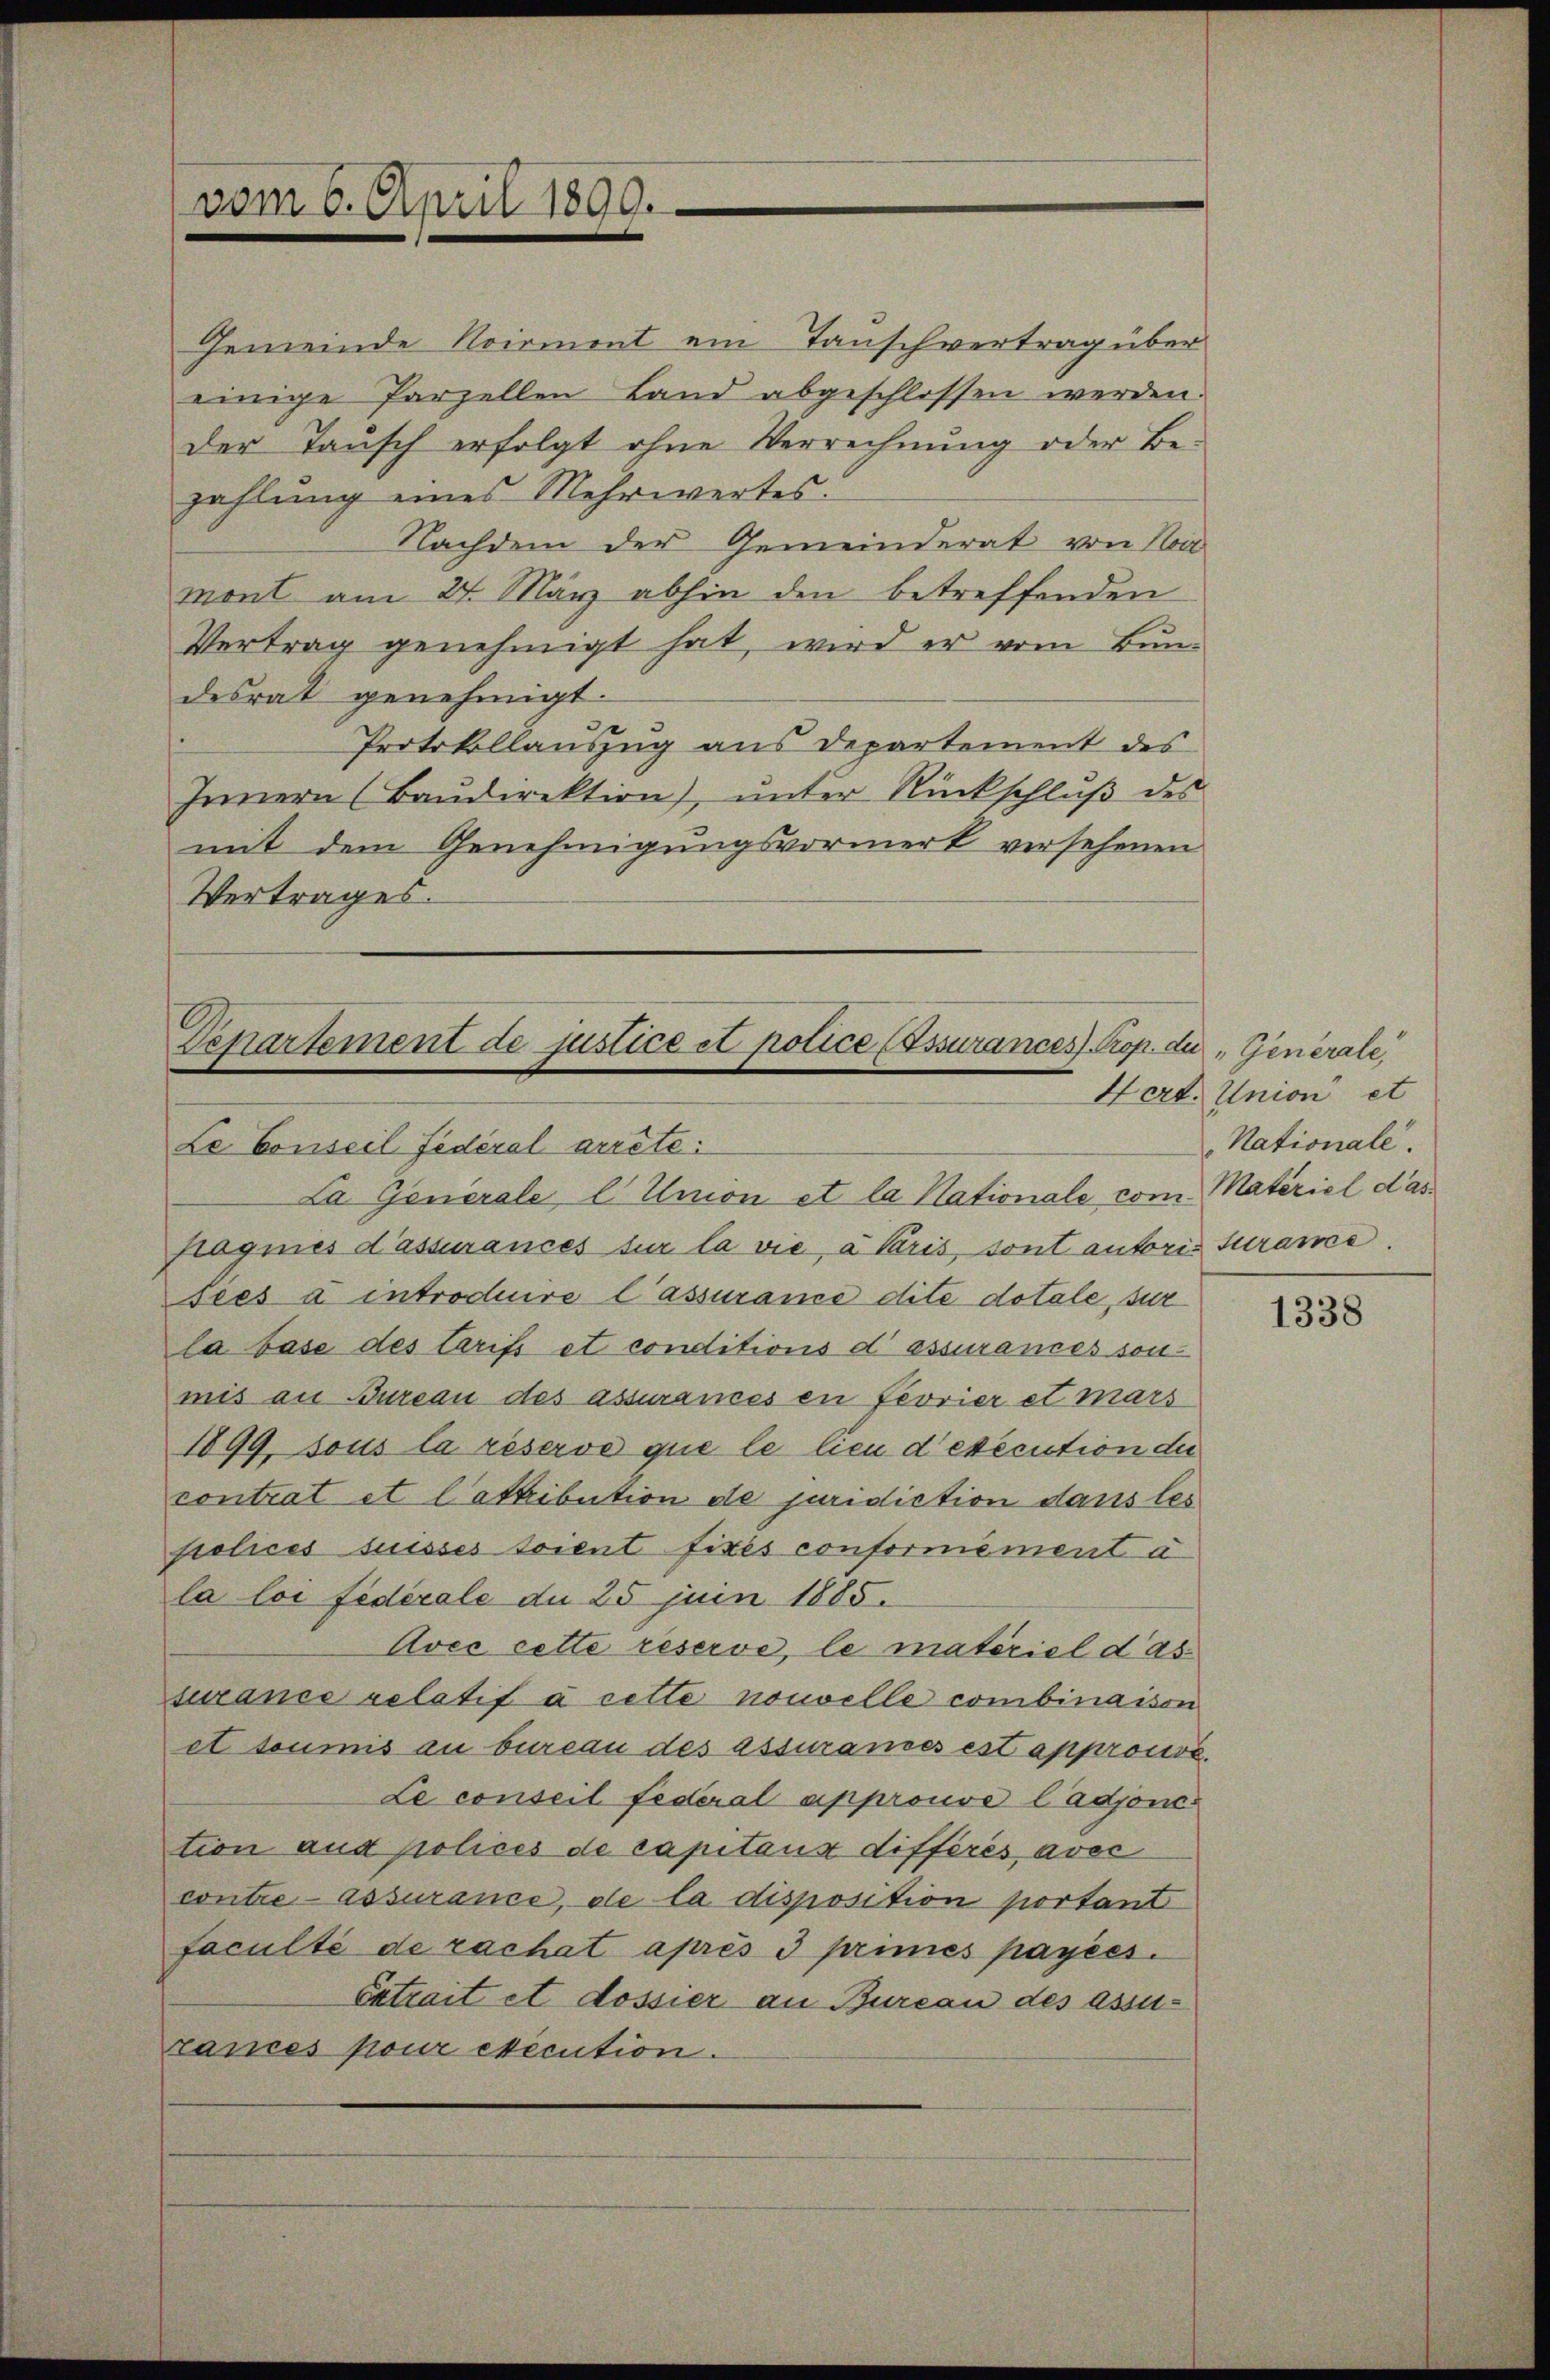
vom 6. April 1899.

Gemeinde Noirment ein Tauschvertrag über
einige Parzellen Land abgeschlossen werden.
der Taŭsch erfolgt ohne Verrechnŭng oder Be-
zahlung eines Mehrwertes.
Nachdem der Gemeinderat von Na
mont am 24. März abhin den betreffenden
Vertrag genehmigt hat, wird er vom Bun-
desrat genehmigt.
Protokollauszug aus Departement des
Innern (Baŭdirektion), unter Rückschlŭβ des
mit dem Genehmigungsvormerk versehenen
Vertrages.

Departement de justice et potice (Essurances. Prop. die „Generale,

Le Conseil Federal arrete:
La Generale, l. Union et la Nationale com Materiel dasfragnies d’assurances sur la vie, a Paris, sont autoris surance.
sées à introduire l’assurance dite dotale, zur
la base des tarifs et conditions d assurances sonmis an Bureau des assurances en feorier et mars
1899, sous la réserve que le lieu d’esecution die
contrat et l’attribution de juridiction dans les
polices suisses soient fixés conformément a
la loi fédérale du 25 juin 1885.
Avec cette réserve, le material dassurance relatif à cette nouvelle combinaison
et toumis au bureau des assurames est approuve
Le conseil Federal approuve l’adjonc
tion aus polices de capitaux différés avec
contre assurance, de la disposition portant
faculté de rachat après 3 primés payées.
Extrait et dossier an Burcan des assu-
rances pour execution.

Hert. Union et
Nationale.

1338